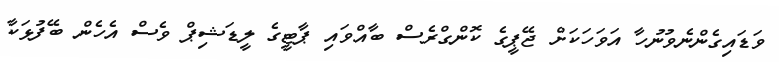
ވަަޑައިގެންނެވުނުހާ އަވަހަަކަށް ޖޭޕީގެ ކޮންގްރެސް ބާއްވައި ޕާޓީގެ ލީޑަޝިޕް ވެސް އެހެން ބޭފުޅަކާ